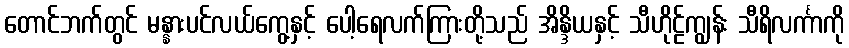
တောင်ဘက်တွင် မန္နားပင်လယ်ကွေ့နှင့် ပေါ့ရေလက်ကြားတို့သည် အိန္ဒိယနှင့် သီဟိုဠ်ကျွန်း သီရိလင်္ကာကို